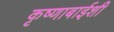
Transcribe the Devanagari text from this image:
कृष्णाबाईशी